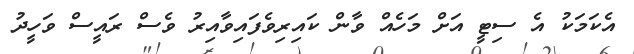
އެކަމަކު އެ ސިޓީ އަށް މަހެއް ވާން ކައިރިވެފައިވާއިރު ވެސް ރައީސް ވަހީދު